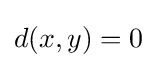
d(x,y)=0